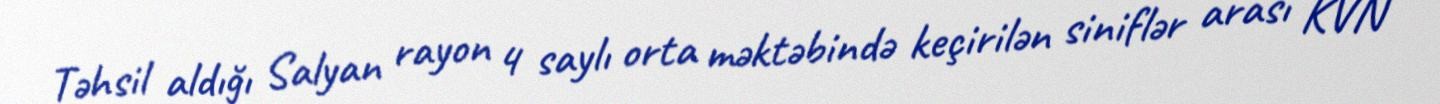
Təhsil aldığı Salyan rayon 4 saylı orta məktəbində keçirilən siniflər arası KVN